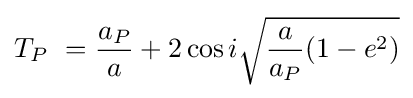
T_{P}\ ={\frac {a_{P}}{a}}+2\cos i{\sqrt {{\frac {a}{a_{P}}}(1-e^{2})}}